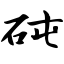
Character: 砘